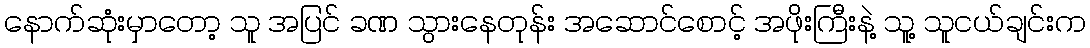
နောက်ဆုံးမှာတော့ သူ အပြင် ခဏ သွားနေတုန်း အဆောင်စောင့် အဖိုးကြီးနဲ့ သူ့ သူငယ်ချင်းက